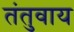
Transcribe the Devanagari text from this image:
तंतुवाय